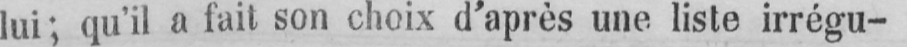
lui; qu’il a fait son choix d’après une liste irrégu-